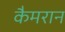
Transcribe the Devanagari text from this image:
कैमरान